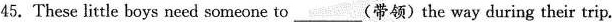
45. These little boys need someone to___ 〈带领) the way during their trip.